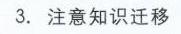
3. 注意知识迁移